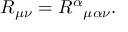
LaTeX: R _ { \mu \nu } = { R ^ { \alpha } } _ { \mu \alpha \nu } .